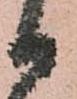
日